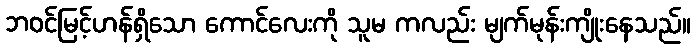
ဘဝင်မြင့်ဟန်ရှိသော ကောင်လေးကို သူမ ကလည်း မျက်မုန်းကျိုးနေသည်။